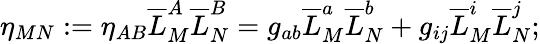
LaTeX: \eta_{MN}:=\eta_{AB}\overline{{{L}}}_{M}^{A}\overline{{{L}}}_{N}^{B}=g_{ab}\overline{{{L}}}_{M}^{a}\overline{{{L}}}_{N}^{b}+g_{ij}\overline{{{L}}}_{M}^{i}\overline{{{L}}}_{N}^{j};